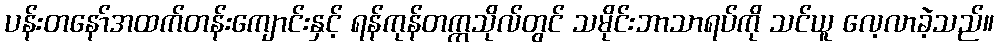
ပန်းတနော်အထက်တန်းကျောင်းနှင့် ရန်ကုန်တက္ကသိုလ်တွင် သမိုင်းဘာသာရပ်ကို သင်ယူ လေ့လာခဲ့သည်။